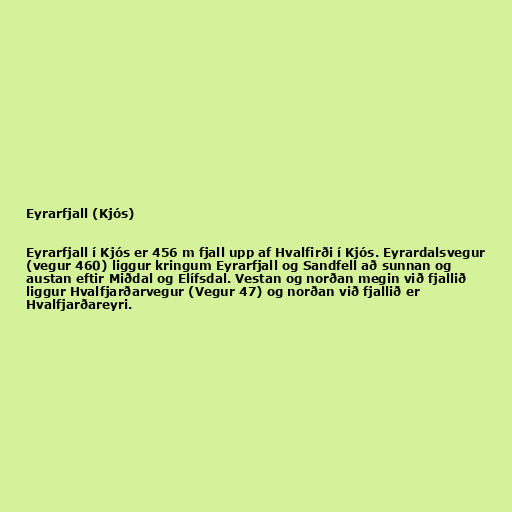
Eyrarfjall (Kjós)

Eyrarfjall í Kjós er 456 m fjall upp af Hvalfirði í Kjós. Eyrardalsvegur
(vegur 460) liggur kringum Eyrarfjall og Sandfell að sunnan og
austan eftir Miðdal og Elífsdal. Vestan og norðan megin við fjallið
liggur Hvalfjarðarvegur (Vegur 47) og norðan við fjallið er
Hvalfjarðareyri.